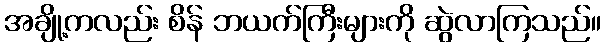
အချို့ကလည်း စိန် ဘယက်ကြီးများကို ဆွဲလာကြသည်။